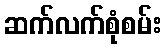
ဆက်လက်စုံစမ်း